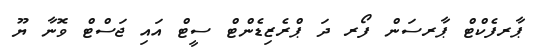
ޕާރފެކްޓް ޕާރސަން ފޯރ ދަ ޕްރެޒިޑެންޓް ސީޓް އައި ޖަސްޓް ވޮނާ ޔޫ